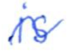
Text: is
Cross-out: wave
Writing tool: ballpoint